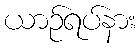
ယာဉ်ရပ်နား